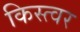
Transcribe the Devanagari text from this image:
किस्त्वर